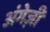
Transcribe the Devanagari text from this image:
अंगेज़ी